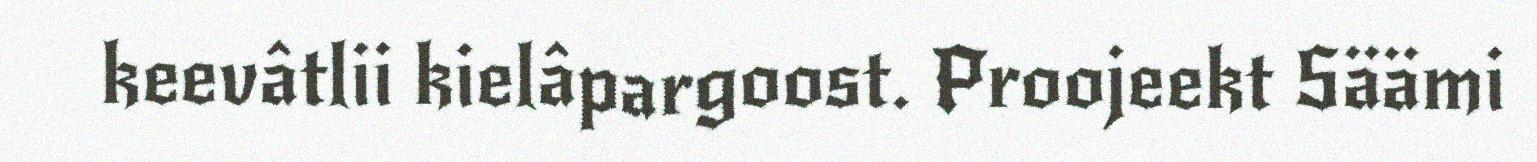
keevâtlii kielâpargoost. Proojeekt Säämi